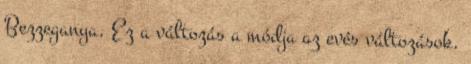
Bezzeganya. Ez a változás a módja az evés változások.